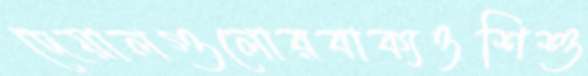
দেয়ালগুলোরবাক্যওশিশু